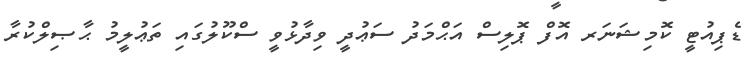
ޑެޕިއުޓީ ކޮމިޝަނަރ އޮފް ޕޮލިސް އަޙްމަދު ސަޢުދީ ވިދާޅުވީ ސްކޫލުގައި ތަޢުލީމު ޙާޞިލްކުރާ